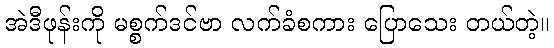
အဲဒီဖုန်းကို မစ္စက်ဒင်ဗာ လက်ခံစကား ပြောသေး တယ်တဲ့။